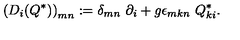
\left( D _ { i } ( Q ^ { \ast } ) \right) _ { m n } : = \delta _ { m n } \ \partial _ { i } + g \epsilon _ { m k n } \ Q _ { k i } ^ { \ast } .